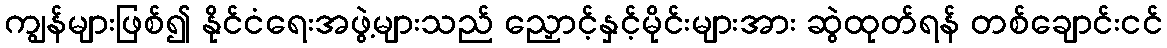
ကျွန်များဖြစ်၍ နိုင်ငံရေးအဖွဲ့များသည် ညှောင့်နှင့်မိုင်းများအား ဆွဲထုတ်ရန် တစ်ချောင်းငင်